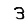
Digit: 3